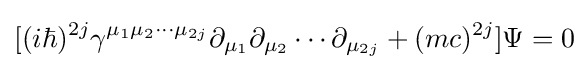
[(i\hbar )^{2j}\gamma ^{\mu _{1}\mu _{2}\cdots \mu _{2j}}\partial _{\mu _{1}}\partial _{\mu _{2}}\cdots \partial _{\mu _{2j}}+(mc)^{2j}]\Psi =0